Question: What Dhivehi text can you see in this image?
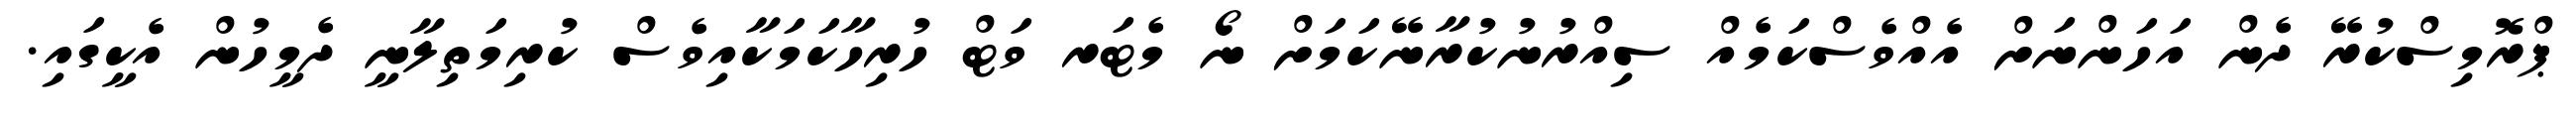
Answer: ޕްރޮމިސްކުރޭ ދެން އަހަންނަށް އެއްވެސްކަމެއް ސިއްރުނުކުރާނޭކަމަށް ނޯ މެޓަރ ވަޓް ހުރިހާކަމަކާއިވެސް ކުރިމަތިލާނީ ދެމީހުން އެކީގައި.